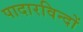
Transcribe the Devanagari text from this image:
पादारविन्दों